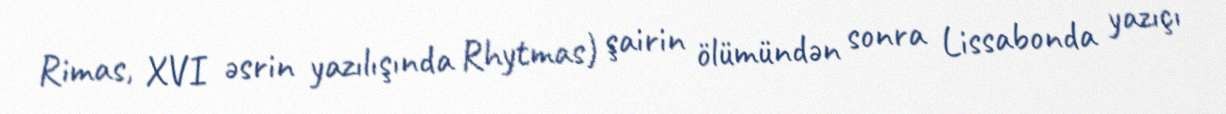
Rimas, XVI əsrin yazılışında Rhytmas) şairin ölümündən sonra Lissabonda yazıçı